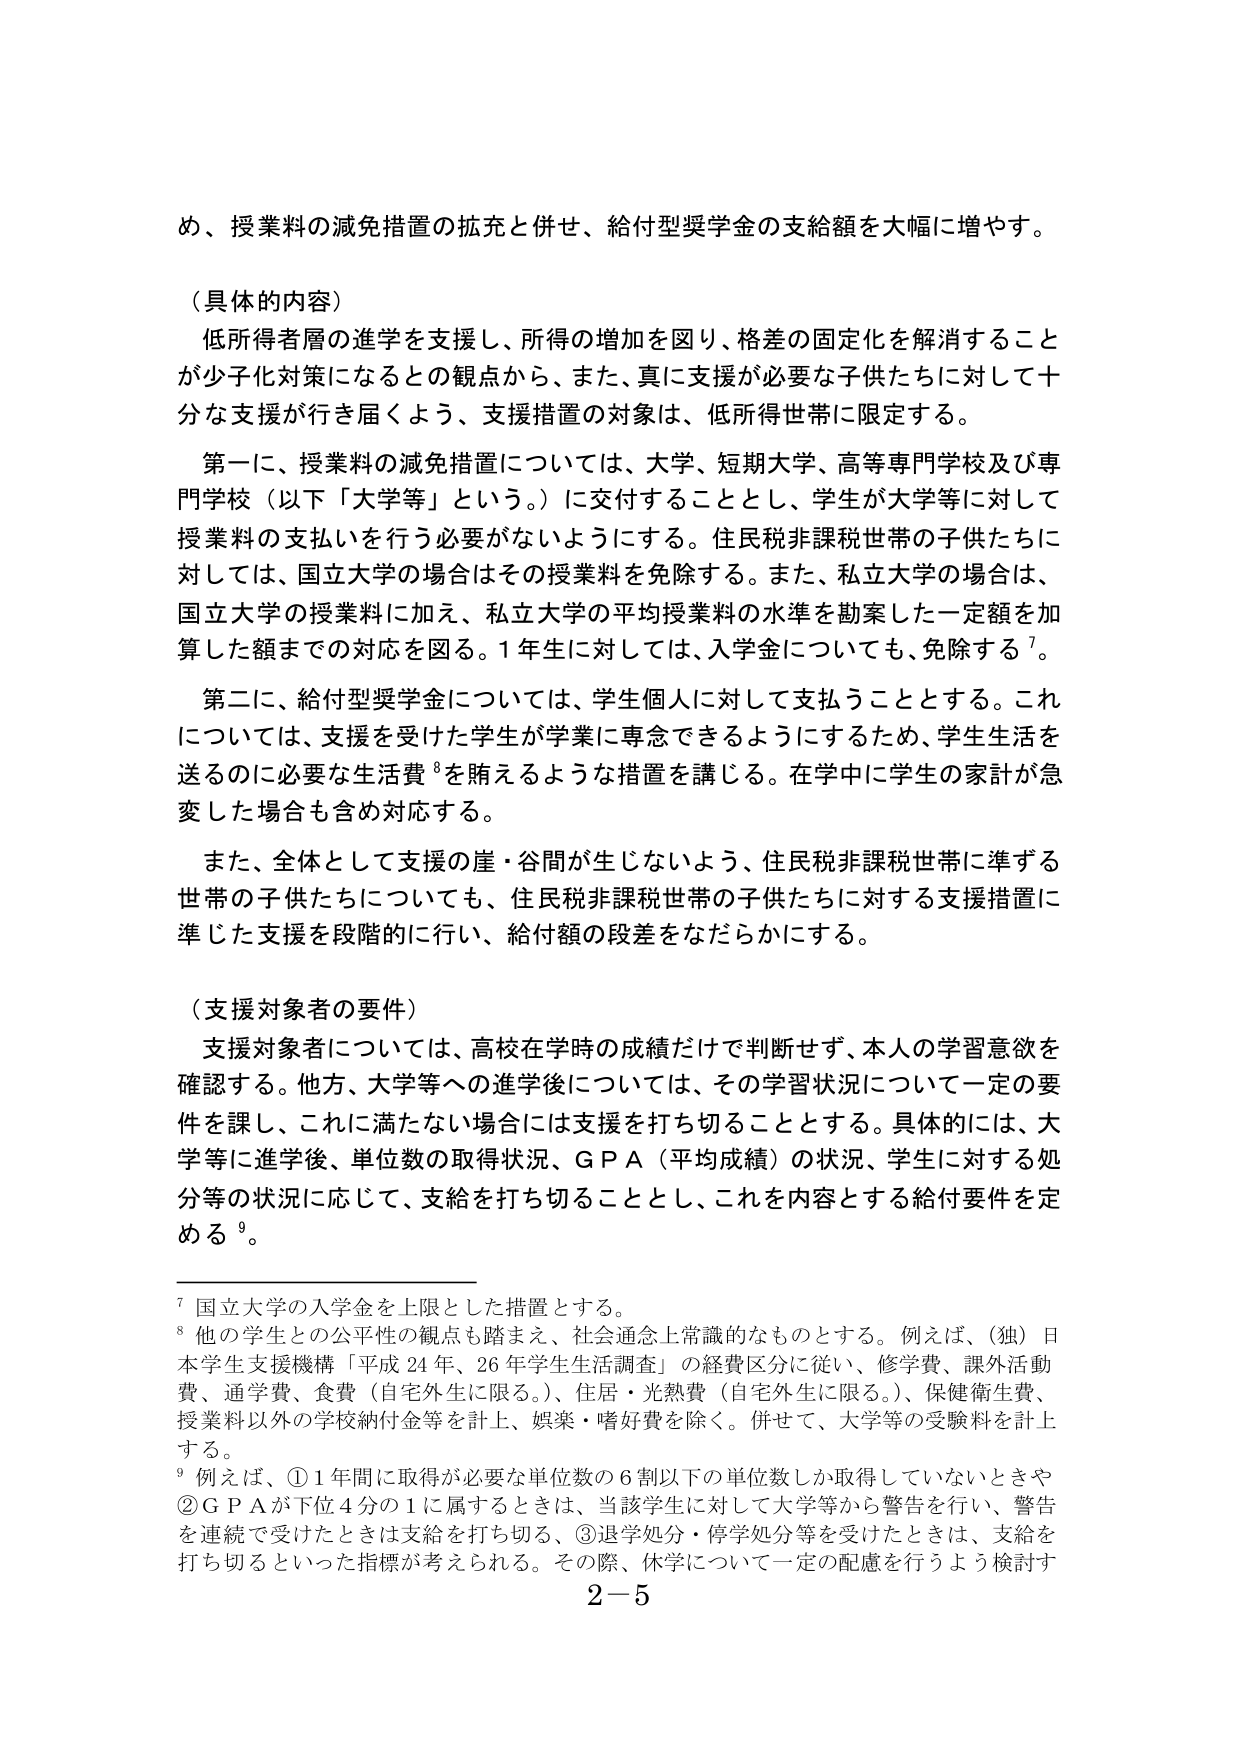
め、授業料の減免措置の拡充と併せ、給付型奨学金の支給額を大幅に増やす。

（具体的内容）
低所得者層の進学を支援し、所得の増加を図り、格差の固定化を解消することが少子化対策になるとの観点から、また、真に支援が必要な子供たちに対して十分な支援が行き届くよう、支援措置の対象は、低所得世帯に限定する。

第一に、授業料の減免措置については、大学、短期大学、高等専門学校及び専門学校（以下「大学等」という。）に交付することとし、学生が大学等に対して授業料の支払いを行う必要がないようにする。住民税非課税世帯の子供たちに対しては、国立大学の場合はその授業料を免除する。また、私立大学の場合は、国立大学の授業料に加え、私立大学の平均授業料の水準を勘案した一定額を加算した額までの対応を図る。1年生に対しては、入学金についても、免除する⁷。

第二に、給付型奨学金については、学生個人に対して支払うこととする。これについては、支援を受けた学生が学業に専念できるようにするため、学生生活を送るのに必要な生活費⁸を賄えるような措置を講じる。在学中に学生の家計が急変した場合も含め対応する。

また、全体として支援の崖・谷間が生じないよう、住民税非課税世帯に準ずる世帯の子供たちについても、住民税非課税世帯の子供たちに対する支援措置に準じた支援を段階的に行い、給付額の段差をなだらかにする。

（支援対象者の要件）
支援対象者については、高校在学時の成績だけで判断せず、本人の学習意欲を確認する。他方、大学等への進学後については、その学習状況について一定の要件を課し、これに満たない場合には支援を打ち切ることとする。具体的には、大学等に進学後、単位数の取得状況、ＧＰＡ（平均成績）の状況、学生に対する処分等の状況に応じて、支給を打ち切ることとし、これを内容とする給付要件を定める⁹。

⁷ 国立大学の入学金を上限とした措置とする。
⁸ 他の学生との公平性の観点も踏まえ、社会通念上常識的なものとする。例えば、（独）日本学生支援機構「平成24年、26年学生生活調査」の経費区分に従い、修学費、課外活動費、通学費、食費（自宅外生に限る。）、住居・光熱費（自宅外生に限る。）、保健衛生費、授業料以外の学校納付金等を計上、娯楽・嗜好費を除く。併せて、大学等の受験料を計上する。
⁹ 例えば、①1年間に取得が必要な単位数の6割以下の単位数しか取得していないときや②ＧＰＡが下位4分の1に属するときは、当該学生に対して大学等から警告を行い、警告を連続で受けたときは支給を打ち切る、③退学処分・停学処分等を受けたときは、支給を打ち切るといった指標が考えられる。その際、休学について一定の配慮を行うよう検討す

2－5